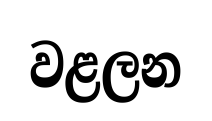
වළලන